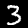
Digit: 3